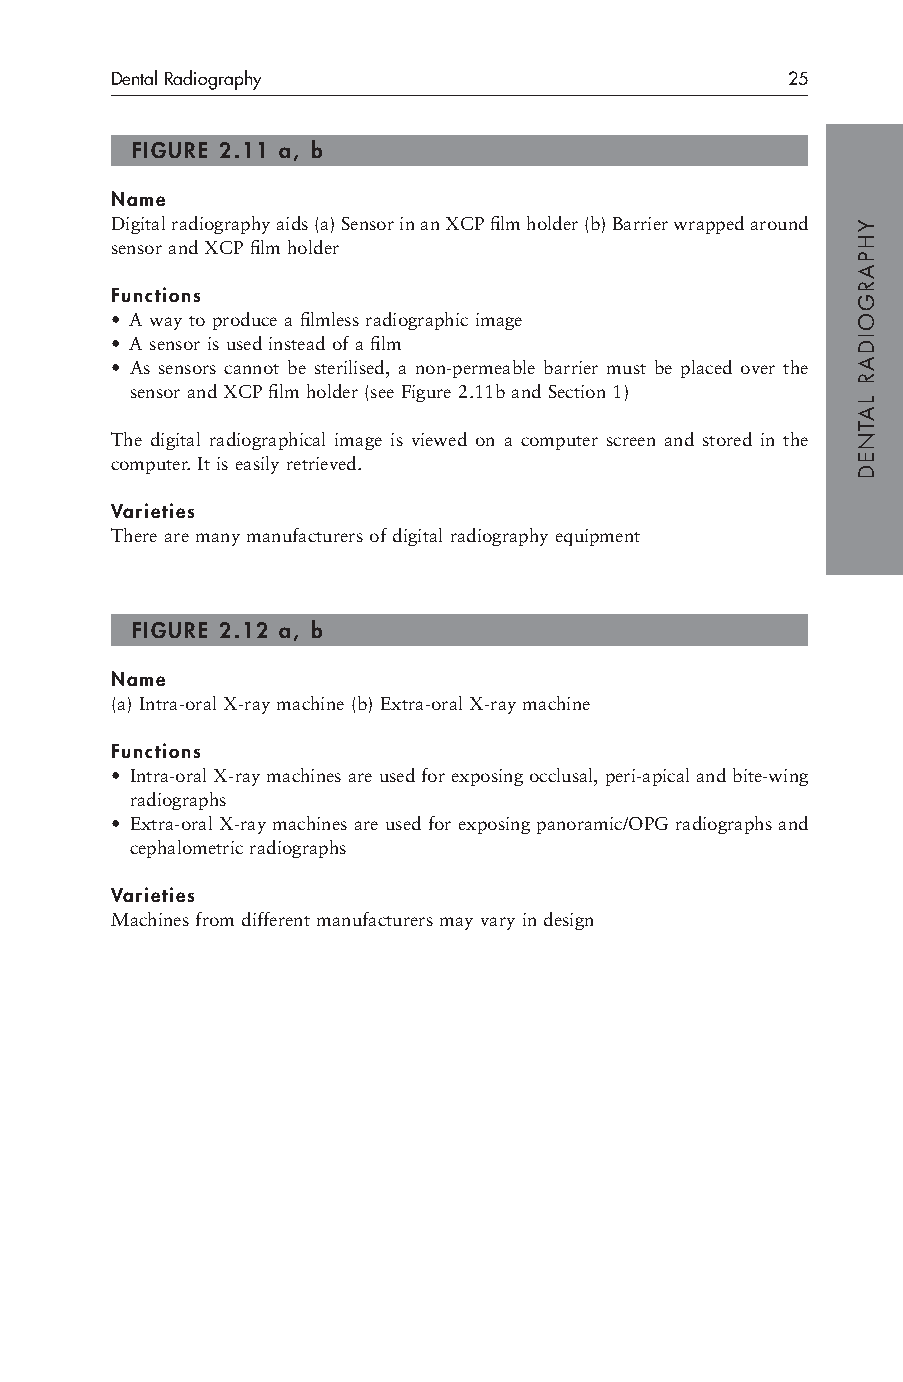
Dental Radiography                           25
 FIGURE 2.11 a, b
 Name
 Digital radiography aids (a) Sensor in an XCP film holder (b) Barrier wrapped around
 sensor and XCP film holder
 Functions
 • A way to produce a filmless radiographic image
 • A sensor is used instead of a film
 • As sensors cannot be sterilised, a non-permeable barrier must be placed over the
 sensor and XCP film holder (see Figure 2.11b and Section 1)
 The digital radiographical image is viewed on a computer screen and stored in the
 computer. It is easily retrieved.
 Varieties
 There are many manufacturers of digital radiography equipment
 FIGURE 2.12 a, b
 Name
 (a) Intra-oral X-ray machine (b) Extra-oral X-ray machine
 Functions
 • Intra-oral X-ray machines are used for exposing occlusal, peri-apical and bite-wing
 radiographs
 • Extra-oral X-ray machines are used for exposing panoramic/OPG radiographs and
 cephalometric radiographs
 Varieties
 Machines from different manufacturers may vary in design
 YHPARGOIDAR
 LATNED